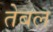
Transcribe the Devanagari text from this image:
तेबल